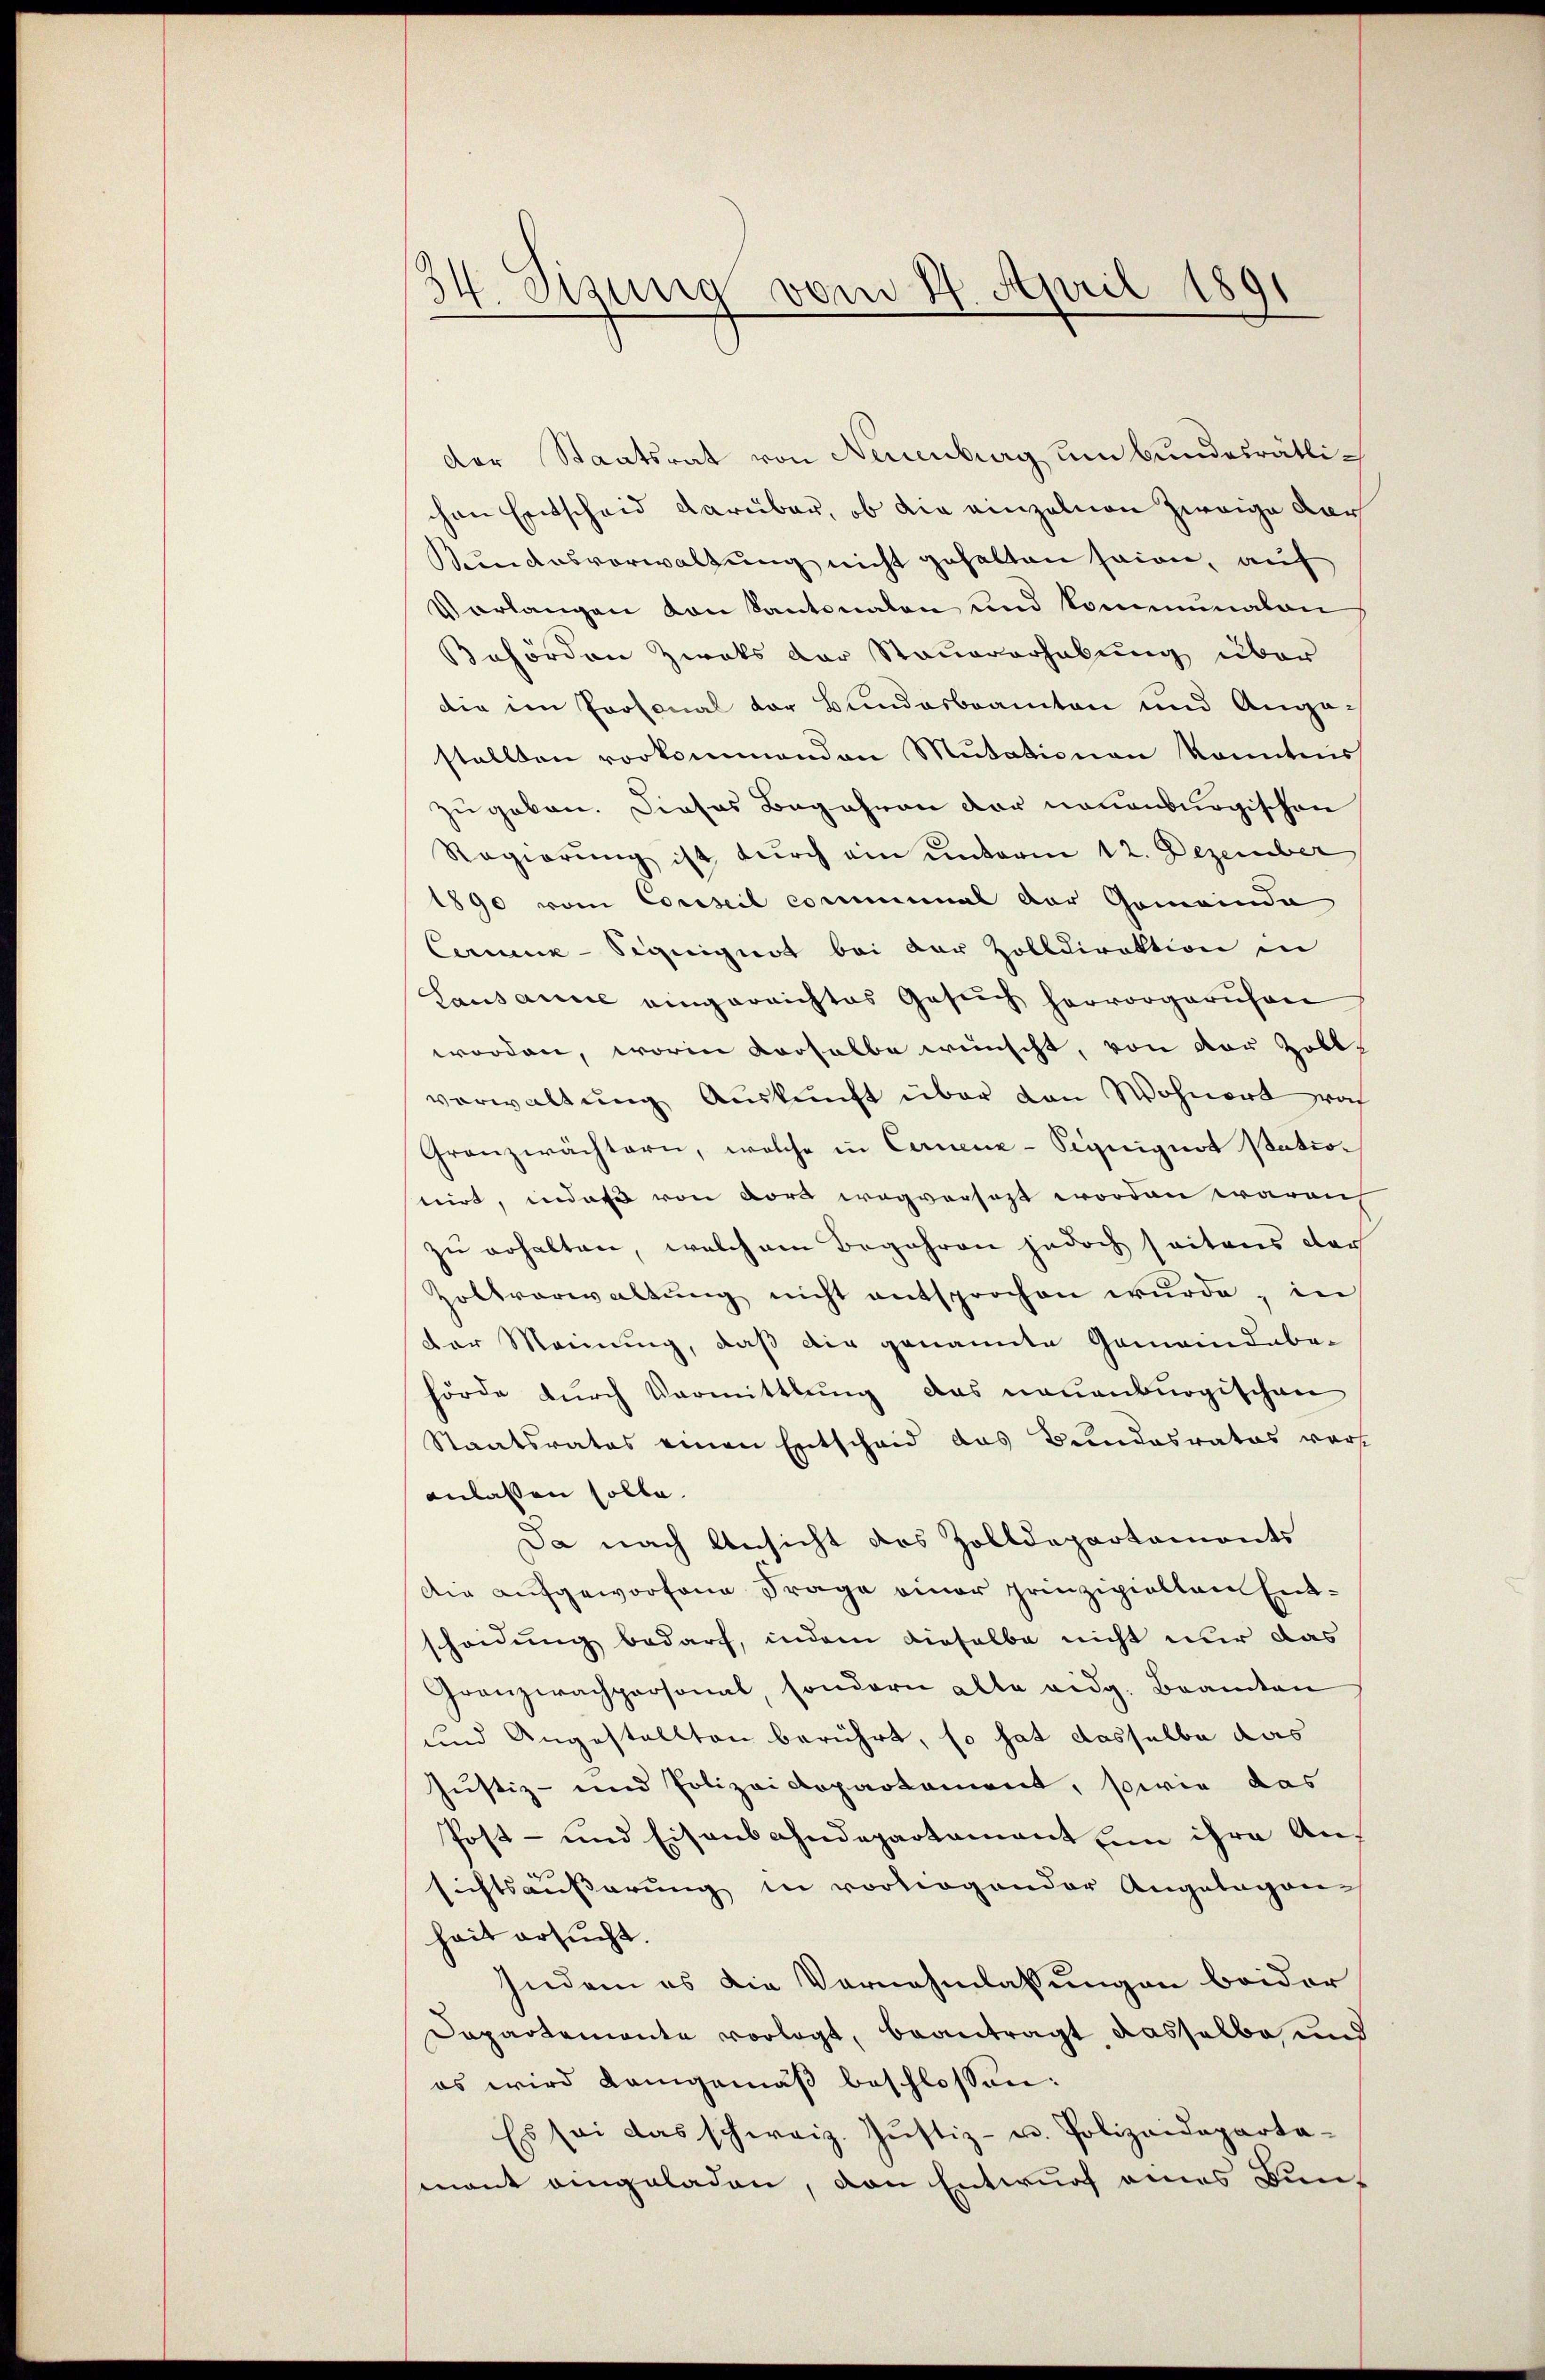
34. Sizung vom 21. April 1891

Der Staatsrat von Neuenburg um Bundesrätlichen Entscheid darüber, ob die einzelnen zweige der
Kundesverwaltung nicht gehalten seien, auf
Verlangen von Kantonalen und kommunalen
Behörden Zwaks der Steuererhebung über
die im Prosonal der Bundesbeamten und Augais
stellten vorkommenden Mutationen kanntnis
zugeben. Dieses Begehren der neuenburgischen
Regierung ist durch ein unterm 12. Dezember
1890 vom Conseil comminal der Gemeinda
Cernenz-Sigeignet bei der Zolldirektion in
Lausanne eingereichtes Gesŭch hervorgerufen
worden, worin derselbe wünscht, von der Zolls
verwaltung Auskunft über den Wohnert woh
Granzwächtern, welche in Cernenz-Siquiguot Nationirt, in daß von dort wegversezt worden waren
zu erhalten, welchem Begehren jedoch seitens der
Zoltverwaltŭng nicht entsprochen wŭrde, in
der Meinung, daß die genannte Gemeindeber
hörde durch Vormittlung das neuenburgischen
Staatsrates einen Entscheid das Bundesrates voranlassen solle.
Da nach Ansicht des Zolldepartements
Die aufgeworfene Frage einer prinzipiellen Entscheidung bedarf, indem dieselbe nicht nur das
Granzwachpersonal, sondern alle eidg. Beamten
und Angestellten berührt, so hat dasselbe das
Justiz- und Polizeidepartament, sowie das
Post- und Eisenbahndepartement in ihre Ansichtsäußerung in vorliegender Angelegen-
hait ersucht.
Indem es die Vernehmlassungen beider
Dapartemente vorlegt, beantragt, dasselbe und
es wird Langemäß beschlossen:
Es sei das schweiz. Justiz- u. Polizeidepartamant eingeladen, von Entwurf eines Bun¬